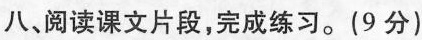
八，阅读课文片段，完成练习。(9分)